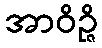
အာဝိဉ္ဇိ